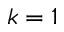
k = 1